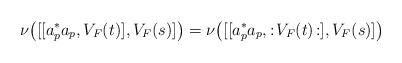
LaTeX: \begin{align*}\nu \big([ [ a_p^* a_p , V_F(t)] , V_F(s) ] \big) =\nu \big([ [ a_p^* a_p , : \! V_F(t) \! : ] , V_F(s) ] \big) \end{align*}